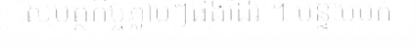
សមត្ថកិច្ចភ្លាមៗផងដែរ ។ បន្ទាប់មក